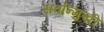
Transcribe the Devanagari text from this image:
सर्वोन्मुखी